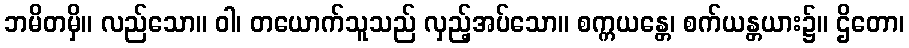
ဘမိတမှိ။ လည်သော။ ဝါ၊ တယောက်သူသည် လှည့်အပ်သော။ စက္ကယန္တေ၊ စက်ယန္တယား၌။ ဌိတော၊